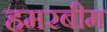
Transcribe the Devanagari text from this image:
हमरबीम